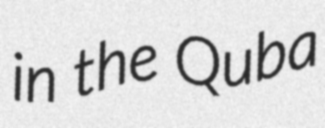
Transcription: in the Quba